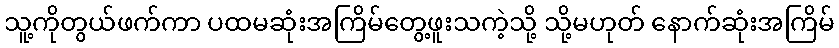
သူ့ကိုတွယ်ဖက်ကာ ပထမဆုံးအကြိမ်တွေ့ဖူးသကဲ့သို့ သို့မဟုတ် နောက်ဆုံးအကြိမ်